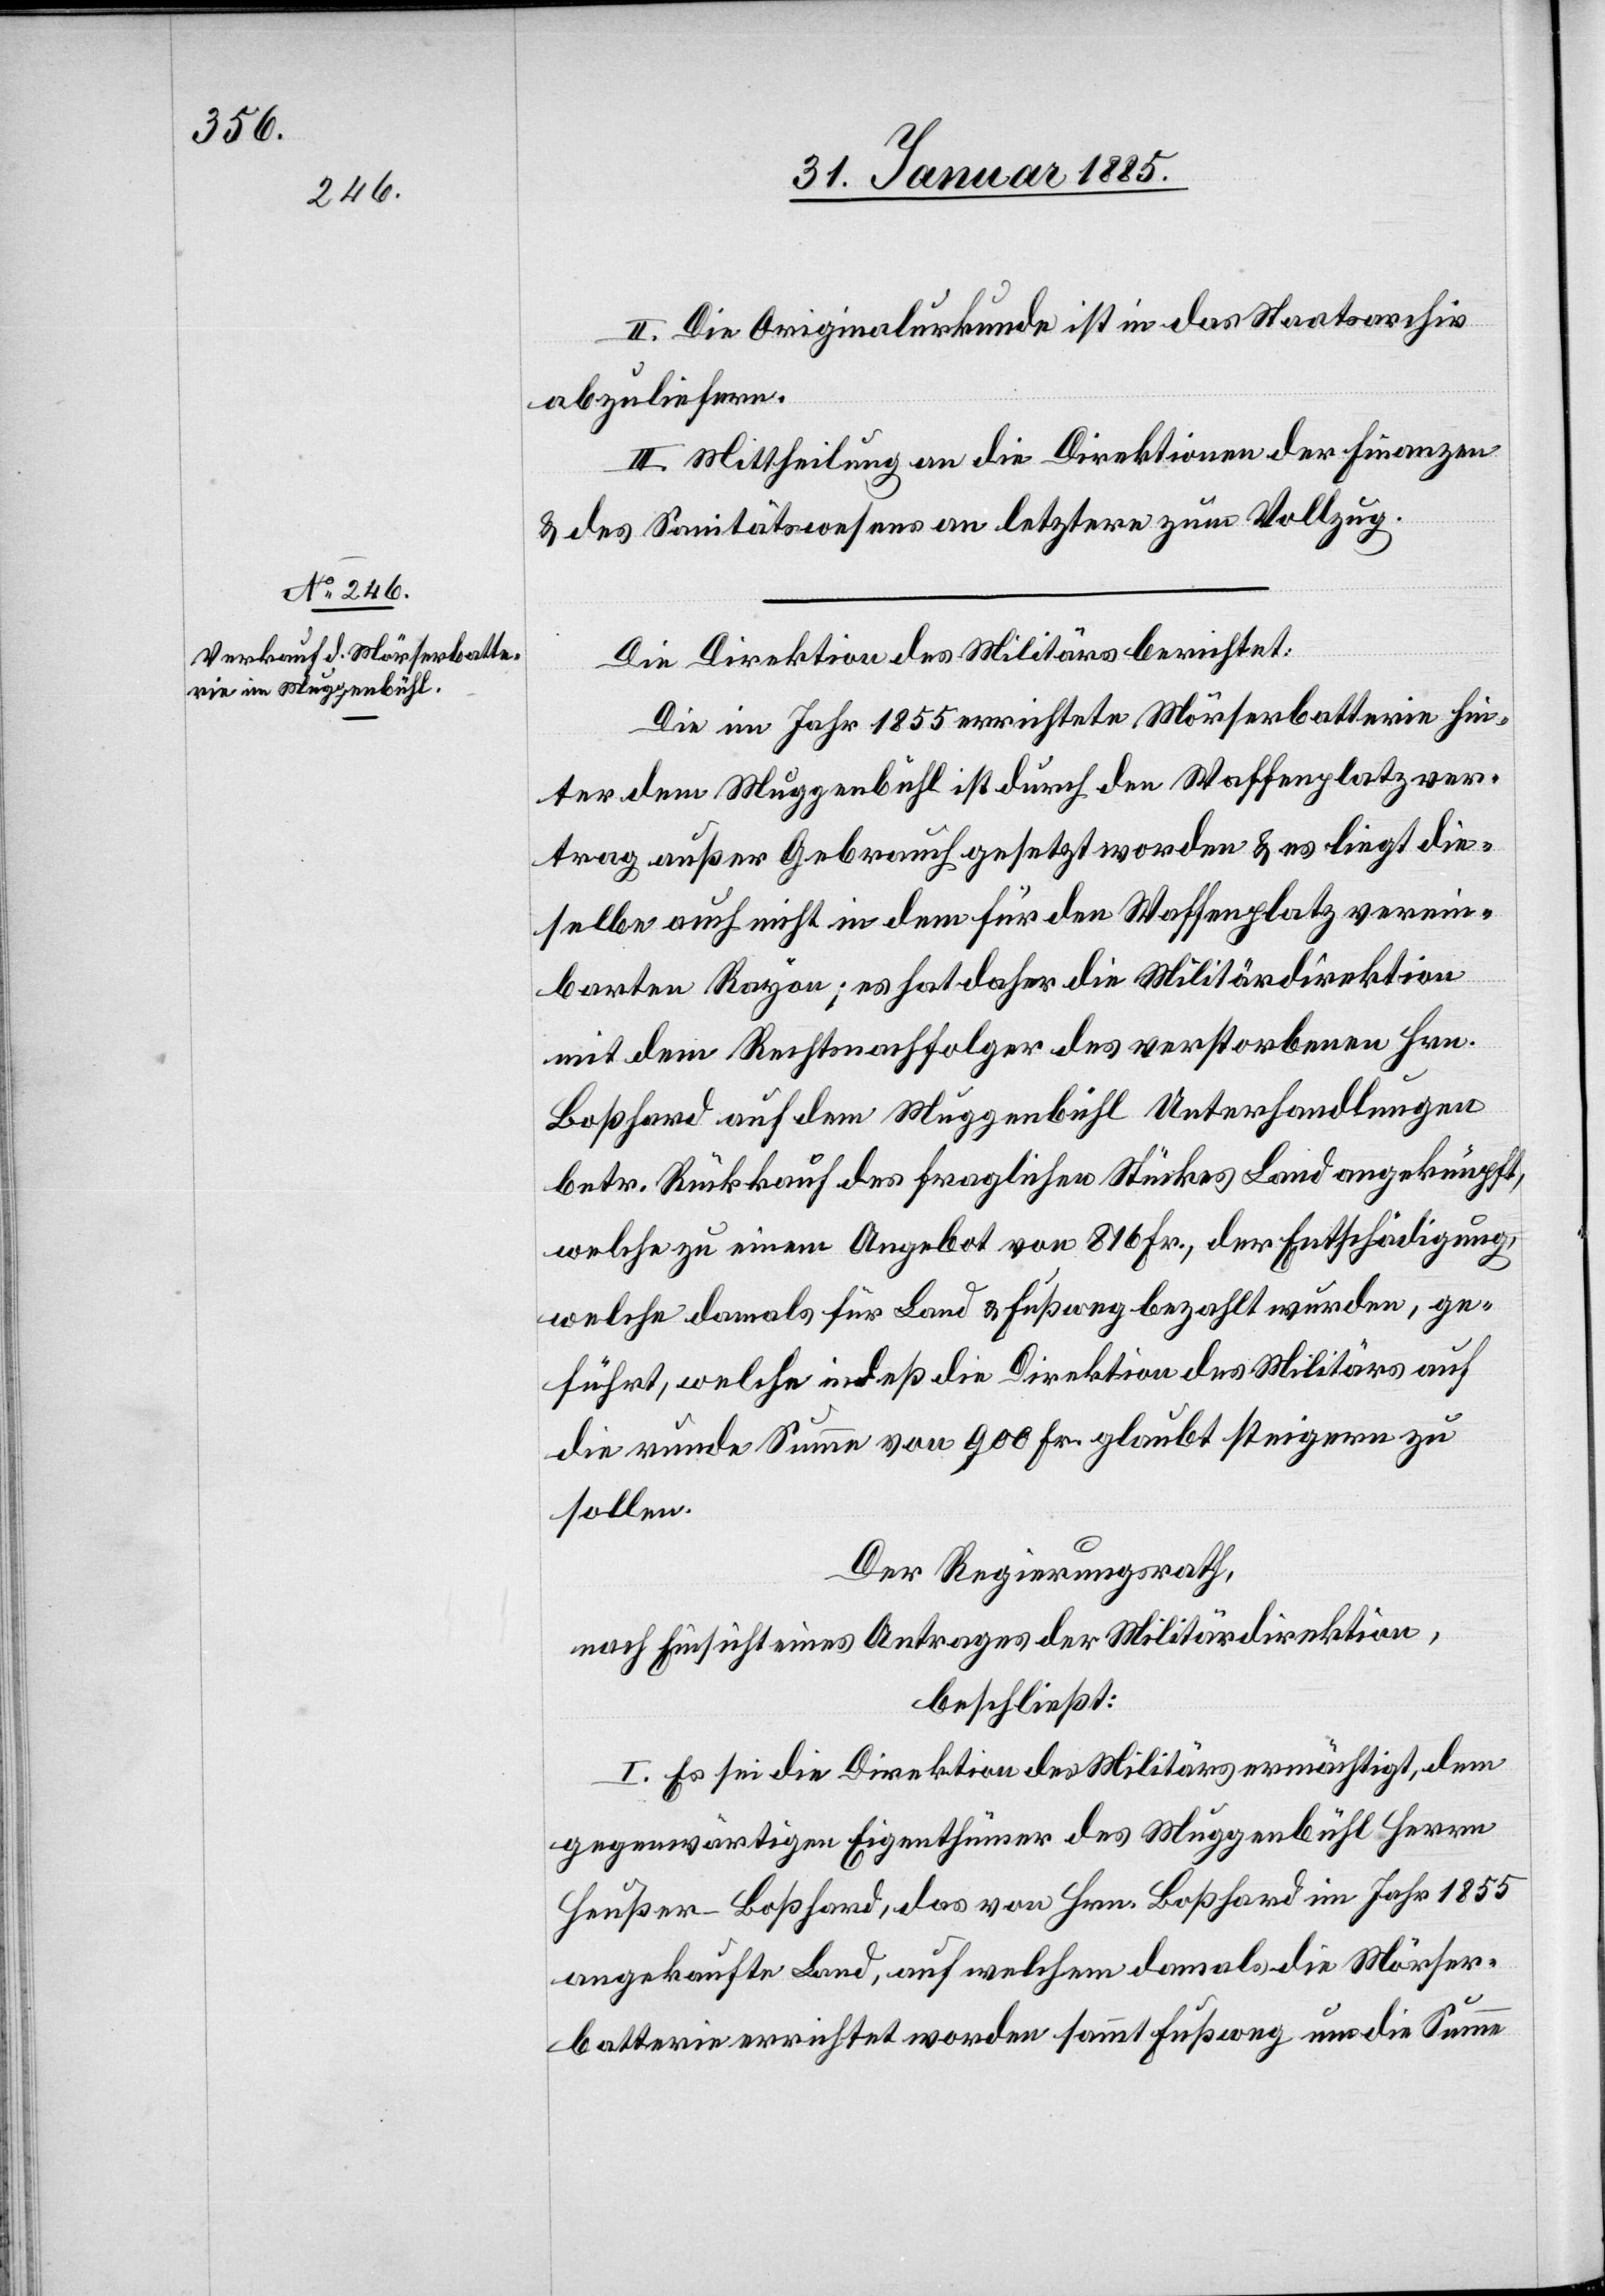
II. Die Originalurkunde ist in das Staatsarchiv
abzuliefern.
III. Mittheilung an die Direktion der Finanzen
& des Sanitätswesens an letztere zum Vollzug.
Die Direktion des Militärs berichtet:
Die im Jahr 1855 errichtete Mörserbatterie hin¬
ter dem Muggenbühl ist durch den Waffenplatzver¬
trag außer gebrauch gesetzt worden & es liegt die¬
selbe auch nicht in dem für den Waffenplatz verein¬
barten Rayon; es hat daher die Militärdirektion
mit dem Rechtsnachfolger des verstorbenen Hrn.
Boßhard auf dem Muggenbühl Unterhandlungen
betr. Rückkauf des fraglichen Stückes Land angeknüpft,
welche zu einem Angebot von 816 Fr., der Entscheidung,
welche damals für Land & Fußweg bezahlt wurden, ge¬
führt, welche indeß die Direktion des Militärs auf
die runde Summe von 900 Fr. glaubt steigern zu
sollen.
Der Regierungsrath,
nach Einsicht eines Antrages der Militärdirektion,
beschließt:
I. Es ist die Direktion des Militärs ermächtigt, dem
gegenwärtigen Eigenthümer des Muggenbühl Herrn
Heußer-Boßhard, das von Hrn. Boßhard im Jahr 1855
angekaufte Land, auf welchem damals die Mörser¬
batterien errichtet worden sammt Fußweg um die Summe